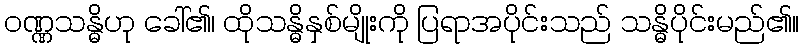
ဝဏ္ဏသန္ဓိဟု ခေါ်၏၊ ထိုသန္ဓိနှစ်မျိုးကို ပြရာအပိုင်းသည် သန္ဓိပိုင်းမည်၏။